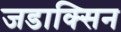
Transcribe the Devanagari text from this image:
जडाक्सिन